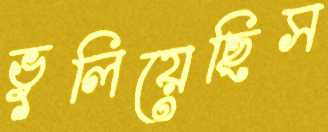
ভুলিয়েছিস